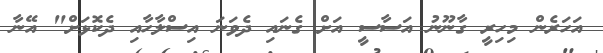
އަހަރެން މިހިރީ ގާނޫނު އަސާސީ އަށް ގެނައި ދެވަނަ އިސްލާހާއި ދެކޮޅަށް" އޭނާ